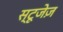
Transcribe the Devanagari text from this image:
स्टूजेज़